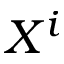
X ^ { i }